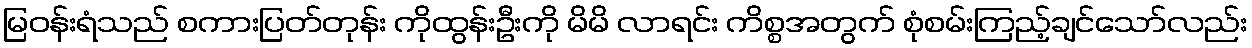
မြဝန်းရံသည် စကားပြတ်တုန်း ကိုထွန်းဦးကို မိမိ လာရင်း ကိစ္စအတွက် စုံစမ်းကြည့်ချင်သော်လည်း